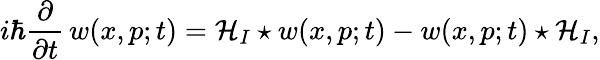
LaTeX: i\hbar\frac{\partial}{\partial t}\, w(x,p;t)={\cal H}_{I}\star w(x,p;t)-w(x,p;t)\star{\cal H}_{I},